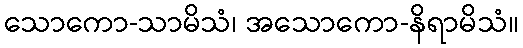
သောကော-သာမိသံ၊ အသောကော-နိရာမိသံ။